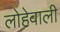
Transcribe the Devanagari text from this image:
लोहेवाली